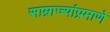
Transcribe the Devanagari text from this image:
साम्राज्यांप्रमाणे